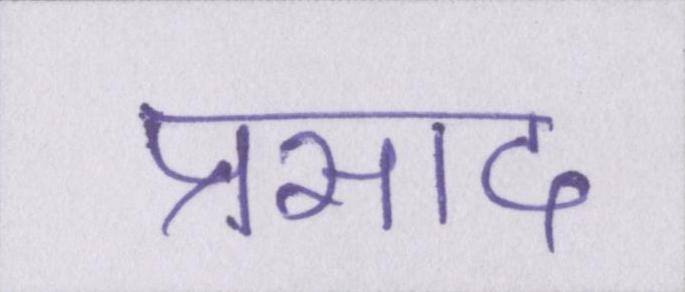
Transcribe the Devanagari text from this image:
प्रसाद